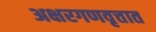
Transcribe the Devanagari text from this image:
अक्षरगणवृत्तात